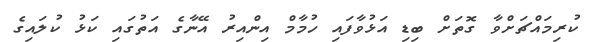
ކުރިމައްޗަށްވާ ގޮތަށް ބިޑި އަޅުވާފައި ހުމާމް އިންއިރު އޭނާގެ އަތުގައި ކަޅު ކުލައިގެ